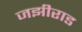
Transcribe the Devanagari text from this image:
जझीराड